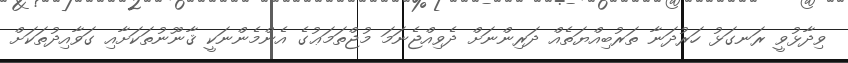
ވިދާޅުވީ ރަނގަޅު ހަރުދަނާ ތަރުބިއްޔަތެއް ދަރިންނަށް ދެވިއްޖެނަމަ މުޖްތަމަޢުގެ އެންމެންނަކީ ޤާނޫނުތަކަށާއި ގަވާއިދުތަކަށް